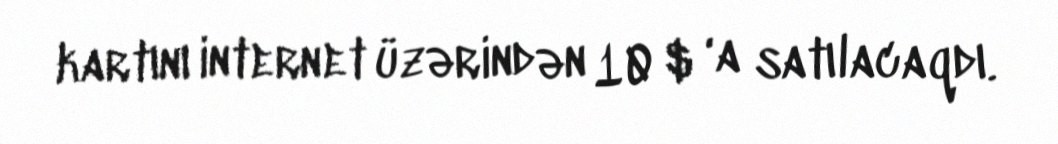
kartını internet üzərindən 10 $ ‘a satılacaqdı.